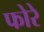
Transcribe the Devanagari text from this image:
फोरे